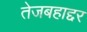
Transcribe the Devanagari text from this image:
तेजबहाद्दर